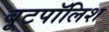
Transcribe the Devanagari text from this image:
बूटपॉलिश